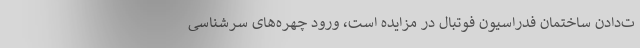
ت‌دادن ساختمان فدراسیون فوتبال در مزایده است، ورود چهره‌های سرشناسی